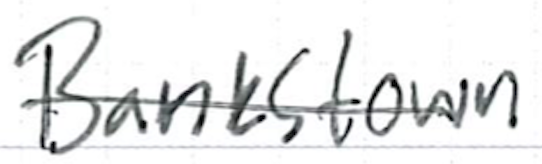
Text: Bankstown
Cross-out: single-line
Writing tool: ballpoint